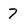
Character: 7